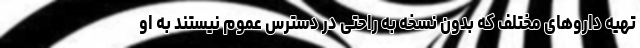
تهیه داروهای مختلف که بدون نسخه به راحتی در دسترس عموم نیستند به او